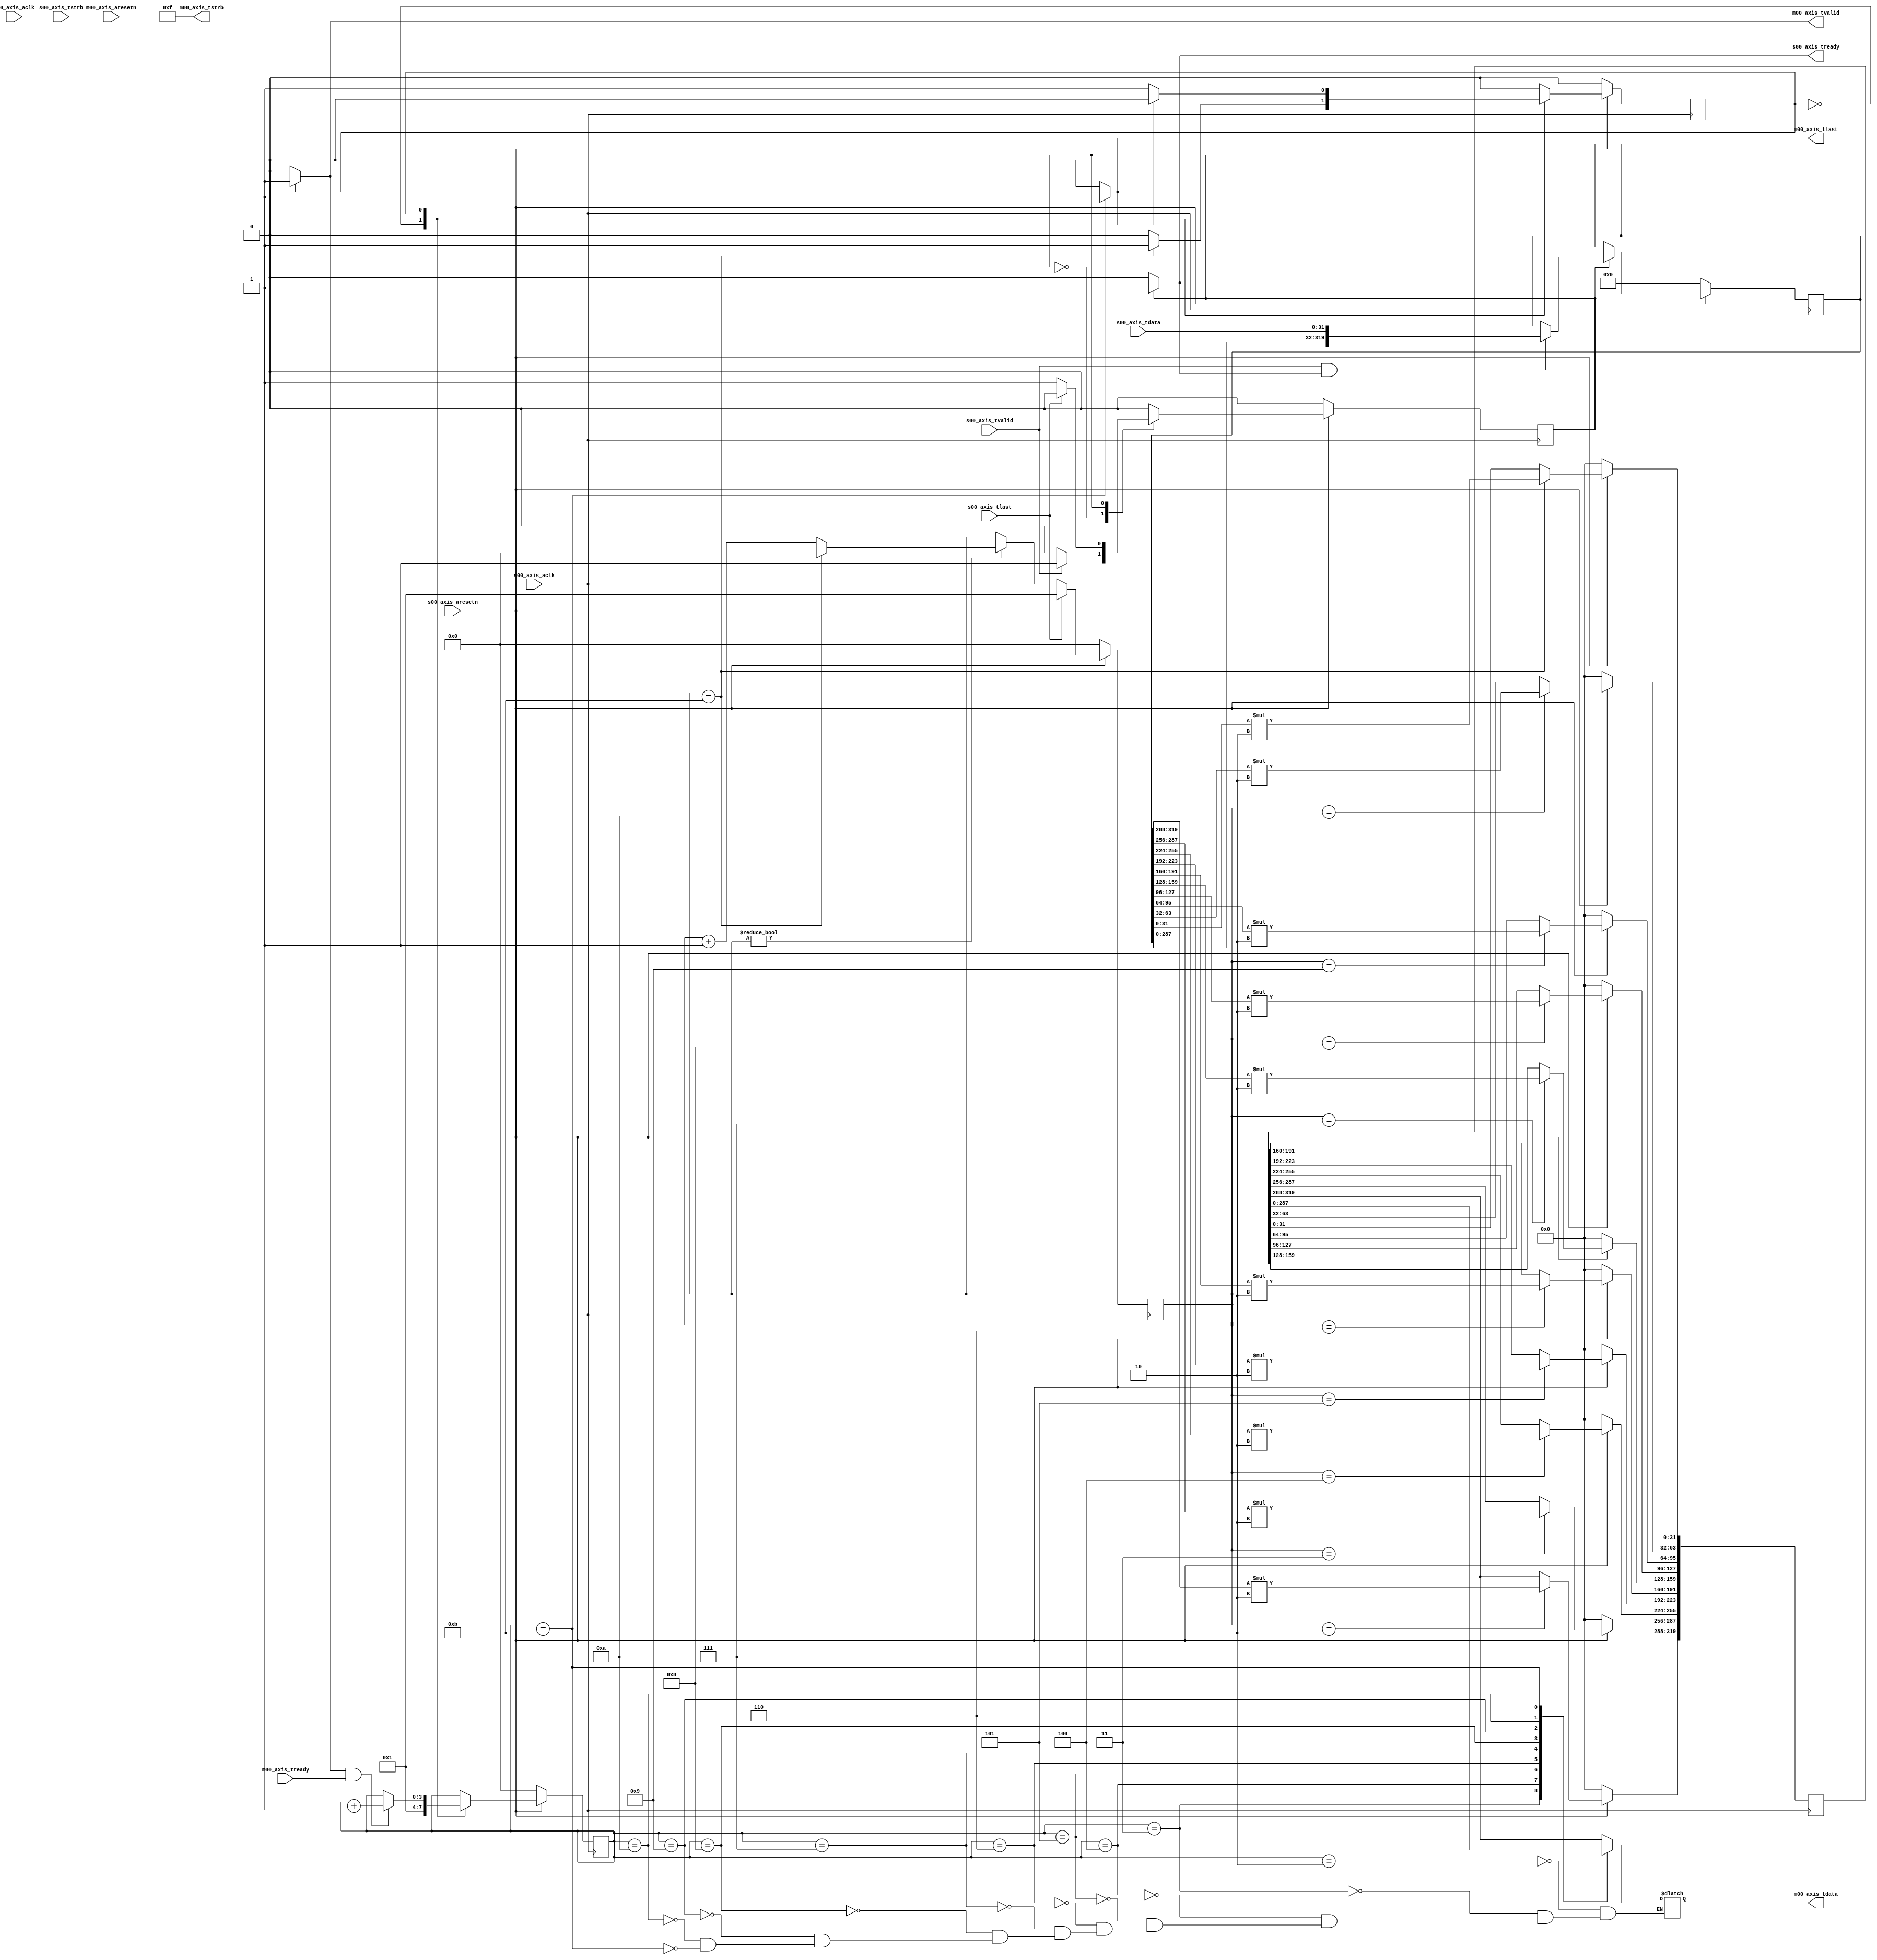

`timescale 1 ns / 1 ps

    	module myip_v1_0 #
	(
		// Users to add parameters here

		// User parameters ends
		// Do not modify the parameters beyond this line

		// Parameters of Axi Slave Bus Interface S00_AXIS
		parameter integer C_S00_AXIS_TDATA_WIDTH	= 32,

		// Parameters of Axi Master Bus Interface M00_AXIS
		parameter integer C_M00_AXIS_TDATA_WIDTH	= 32,
		parameter integer C_M00_AXIS_START_COUNT	= 32
	)
	(
		// Users to add ports here

		// User ports ends
		// Do not modify the ports beyond this line


		// Ports of Axi Slave Bus Interface S00_AXIS
		input wire  s00_axis_aclk,
		input wire  s00_axis_aresetn,
		output wire  s00_axis_tready,
		input wire [C_S00_AXIS_TDATA_WIDTH-1 : 0] s00_axis_tdata,
		input wire [(C_S00_AXIS_TDATA_WIDTH/8)-1 : 0] s00_axis_tstrb,
		input wire  s00_axis_tlast,
		input wire  s00_axis_tvalid,

		// Ports of Axi Master Bus Interface M00_AXIS
		input wire  m00_axis_aclk,
		input wire  m00_axis_aresetn,
		output wire  m00_axis_tvalid,
		output wire [C_M00_AXIS_TDATA_WIDTH-1 : 0] m00_axis_tdata,
		output wire [(C_M00_AXIS_TDATA_WIDTH/8)-1 : 0] m00_axis_tstrb,
		output wire  m00_axis_tlast,
		input wire  m00_axis_tready
	);
	
	// state
	localparam integer
	IDLE = 0,
	
	RECEIVE = 1,
	SEND = 1;
	
	// don't use byte access for output tdata
	assign m00_axis_tstrb = 4'b1111;
	
	wire clk, rstn;
	assign clk = s00_axis_aclk;
	assign rstn = s00_axis_aresetn;
	
	// fifo regiter
	reg [320-1:0] fifo_reg;
	
	///////////////////////////////////////////////////////////////////////////////////////////
	/////////////////   receive the data from DMA to myIP         /////////////////////////////
	///////////////////////////////////////////////////////////////////////////////////////////
	
	// receive FSM
	reg rcv_cs;
	always@(posedge clk) begin
	   if(!rstn) begin
	       rcv_cs <= IDLE;
	   end
	   else begin
	       case(rcv_cs)
	           IDLE : begin
	                       if(s00_axis_tvalid) begin
	                           rcv_cs <= RECEIVE;
	                       end
	           end
	           RECEIVE : begin
	                       if(s00_axis_tlast) begin
	                           rcv_cs <= IDLE;
	                       end
	           end
	       endcase
	   end
	end
	
	// tready signal
	assign s00_axis_tready = (rcv_cs == RECEIVE) ? 1'b1 : 1'b0;
	
	// store the input data in fifo_reg
	always@(posedge clk) begin
	   if(!rstn) begin
	       fifo_reg <= 320'd0;
	   end
	   else begin
	       case(rcv_cs)
	           RECEIVE : begin
	                       if(s00_axis_tvalid && s00_axis_tready) begin
	                           fifo_reg <= {fifo_reg[319-32:0], s00_axis_tdata};
	                       end
	           end
	       endcase
	   end
	end
	
	///////////////////////////////////////////////////////////////////////////////////////////
    /////////////////   internal operating                        /////////////////////////////
    ///////////////////////////////////////////////////////////////////////////////////////////
    
    // operating count
    reg [3:0] oprt_cnt;
    always@(posedge clk) begin
        if(!rstn) begin
            oprt_cnt <= 4'd0;
        end
        else begin
            if(s00_axis_tlast) oprt_cnt <= 4'd1;
            else if(oprt_cnt != 4'd0) begin
                if(oprt_cnt == 4'd11) oprt_cnt <= 4'd0;
                else oprt_cnt <= oprt_cnt + 1'b1;
            end
        end
    end
    
    // internal operating
    reg [319:0] int_reg;
    always@(posedge clk) begin
        if(!rstn) begin
            int_reg <= 320'd0;
        end
        else begin
            case(oprt_cnt)
                4'd2  : int_reg[319:288] <= fifo_reg[319:288]*2;
                4'd3  : int_reg[287:256] <= fifo_reg[287:256]*2;
                4'd4  : int_reg[255:224] <= fifo_reg[255:224]*2;
                4'd5  : int_reg[223:192] <= fifo_reg[223:192]*2;
                4'd6  : int_reg[191:160] <= fifo_reg[191:160]*2;
                4'd7  : int_reg[159:128] <= fifo_reg[159:128]*2;
                4'd8  : int_reg[127:96]  <= fifo_reg[127:96]*2;
                4'd9  : int_reg[95:64]   <= fifo_reg[95:64]*2;
                4'd10 : int_reg[63:32]   <= fifo_reg[63:32]*2;
                4'd11 : int_reg[31:0]    <= fifo_reg[31:0]*2;
            endcase
        end
    end
    
	////////////////////////////////   ///////////////////////////////////////////////////////////
    /////////////////   send the data from myIP to DMA            /////////////////////////////
    ///////////////////////////////////////////////////////////////////////////////////////////
	
	// send FSM
	reg snd_cs;
	always@(posedge clk) begin
	   if(!rstn) begin
	       snd_cs <= IDLE;
	   end
	   else begin
	       case(snd_cs)
	           IDLE : begin
	                       if(oprt_cnt == 4'd11) begin
	                           snd_cs <= SEND;
	                       end
	           end
	           SEND : begin
	                       if(m00_axis_tlast) begin
	                           snd_cs <= IDLE;
	                       end
	           end
	       endcase
	   end
	end
	
    // send count
    reg [3:0] snd_cnt;
    always@(posedge clk) begin
        if(!rstn) begin
            snd_cnt <= 4'd0;
        end
        else begin
            case(snd_cs)
                IDLE : begin
                            snd_cnt <= 4'd1;
                end
                SEND : begin
                            if(m00_axis_tvalid && m00_axis_tready) begin
                                snd_cnt <= snd_cnt + 1'b1;
                            end
                end
            endcase
        end
    end
	    
    // send
    reg [31:0] m_tdata;
    always@(*) begin
        case(snd_cnt)
                4'd2  : m_tdata = int_reg[319:288];
                4'd3  : m_tdata = int_reg[287:256];
                4'd4  : m_tdata = int_reg[255:224];
                4'd5  : m_tdata = int_reg[223:192];
                4'd6  : m_tdata = int_reg[191:160];
                4'd7  : m_tdata = int_reg[159:128];
                4'd8  : m_tdata = int_reg[127:96];
                4'd9  : m_tdata = int_reg[95:64];
                4'd10 : m_tdata = int_reg[63:32];
                4'd11 : m_tdata = int_reg[31:0];
        endcase
    end
    
    // send valid
    assign m00_axis_tvalid = (snd_cs == SEND) ? 1'b1 : 1'b0;
    
    // send last
    assign m00_axis_tlast = (snd_cnt == 4'd11) ? 1'b1 : 1'b0;
    	
	// send data
	assign m00_axis_tdata = m_tdata;
	
	endmodule